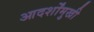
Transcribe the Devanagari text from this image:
आदर्शोंमुखी